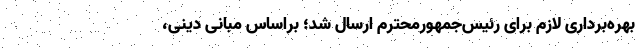
بهره‌برداری لازم برای رئیس‌جمهورمحترم ارسال شد؛ براساس مبانی دینی،